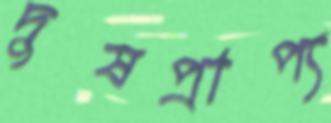
দুষপ্রাপ্য